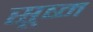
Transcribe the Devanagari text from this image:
सूष्म